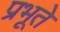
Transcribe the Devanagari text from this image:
प्रभूते